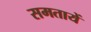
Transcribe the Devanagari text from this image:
समतायें